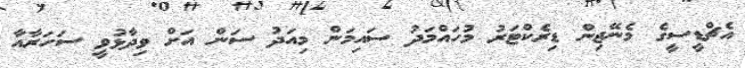
އެޗްޑީސީގެ މެނޭޖިން ޑިރެކްޓަރު މުހައްމަދު ސައިމަން މިއަދު ސަން އަށް ވިދާޅުވީ ސަހަރާއާ